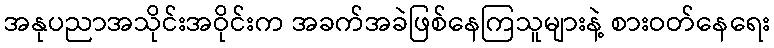
အနုပညာအသိုင်းအဝိုင်းက အခက်အခဲဖြစ်နေကြသူများနဲ့ စားဝတ်နေရေး